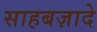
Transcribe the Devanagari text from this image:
साहबज़ादे